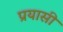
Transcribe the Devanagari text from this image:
प्रयासी